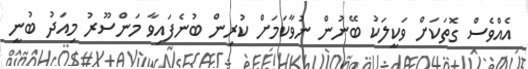
އެއްވެސް ގޮތަކަށް ވަކީލަކު ބޭނުން ނުވާކަމަށް ކުރިން ބުނެފައިވާ މަންސޫރު މިއަދު ބުނީ